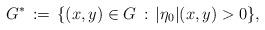
LaTeX: \begin{align*}G^*\,:=\,\{(x,y)\in G\,:\, |\eta_0|(x,y)>0\}, \end{align*}